Report on lock hospitals in British Burma
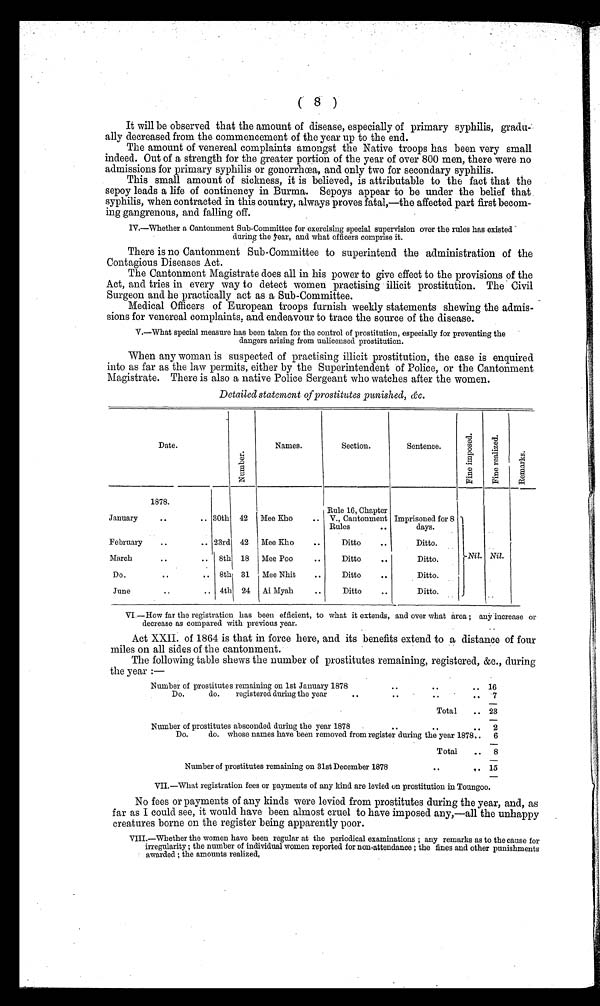
( 8 )
It will be observed that the amount of disease, especially of primary syphilis, gradu-
ally decreased from the commencement of the year up to the end.
The amount of venereal complaints amongst the Native troops has been very small
indeed. Out of a strength for the greater portion of the year of over 800 men, there were no
admissions for primary syphilis or gonorrhoea, and only two for secondary syphilis.
This small amount of sickness, it is believed, is attributable to the fact that the
s e p o y l e a d s a l l i f e o f c o n t i n e n c y i n Bu r ma . Se p o y s a p p e a r t o b e u n d e r t h e b e l i e f t h a t
syphilis, when contracted in this country, always proves fatal,—the affected part first becom--
ing gangrenous, and falling off.
IV.—Whether a Cantonment Sub-Committee for exercising special supervision over the rules has existed
during the year, and what officers comprise it.
There is no Cantonment Sub-Committee to superintend the administration of the
Contagious Diseases Act.
The Cantonment Magistrate does all in his power to give effect to the provisions of the
Act, and tries in every way to detect women practising illicit prostitution. The Civil
Surgeon and he practically act as a Sub-Committee.
Medical Officers of European troops furnish weekly statements shewing the admis--
sions for venereal complaints; and endeavour to trace the source of the disease.
V.—What special measure has been taken for the control of prostitution, especially for preventing the
dangers arising from unlicensed prostitution.
When any woman is suspected of practising illicit prostitution, the case is enquired
i nt o as f ar as t he l l aw per mi t s, ei t her by t he Super i nt endent of Pol i ce, or t he Cant onment
Magistrate. There is also a native Police Sergeant who watches after the women.
Detailed statement of prostitutes punished, &c.
Date.
N u m b e r .
Names.
Section.
Sentence.
F i n e i m p o s e d .
F i n e r e a l i z e d .
R e m a r k s .
1878.
Nil. Nil.
January
..
.. 30th 42 Mee Rho
..
Rule 16, Chapter
V., Cantonment
Rules
. .
Imprisoned for 8
days.
February
..
.. 23rd 42 Mee Rho
..
Ditto
..
Ditto.
March
. .
.. 8th 18 Mee Poo
..
Ditto
..
Ditto.
Do.
..
. . 8th 31 Mee Nhit
..
Ditto
..
Ditto.
June
..
.. 4th 24 Ai Myah
..
Ditto
..
Ditto.
VI.—How far the registration has been efficient, to what it extends, and over what area ; any increase or
decrease as compared with previous year.
Act XXII. of 1864 is that in force here, and its benefits extend to a distance of four
miles on all sides of the cantonment.
The following table shews the number of prostitutes remaining, registered, &c., during
the year :—
Number of prostitutes remaining on 1st January 1878..
. .
. . . . . 16
Do.
do.
registered during the year
..
..
..
. . 7
Total
.. 23
Number of prostitutes absconded during the year 1878
. .
..
.. 2
Do.
do. whose names have been removed from register during the year 1878.. 6
Total
.. 8
Number of prostitutes remaining on 31st December 1878
. .
. . 15
VII.—What registration fees or payments of any kind are levied on prostitution in Toungoo.
No fees or payments of any kinds were levied from prostitutes during the year, and, as
far as I could see, it would have been almost cruel to have imposed any,—all the unhappy
creatures borne on the register being apparently poor.
VIII.—Whether the women have been regular at the periodical examinations ; any remarks as to the cause for
irregularity ; the number of individual women reported for non-attendance ; the fines and other punishments
awarded ; the amounts realized.